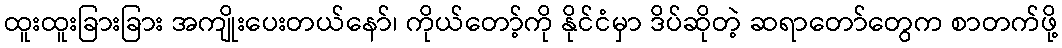
ထူးထူးခြားခြား အကျိုးပေးတယ်နော်၊ ကိုယ်တော့်ကို နိုင်ငံမှာ ဒိပ်ဆိုတဲ့ ဆရာတော်တွေက စာတက်ဖို့